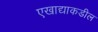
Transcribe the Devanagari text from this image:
एखाद्याकडील